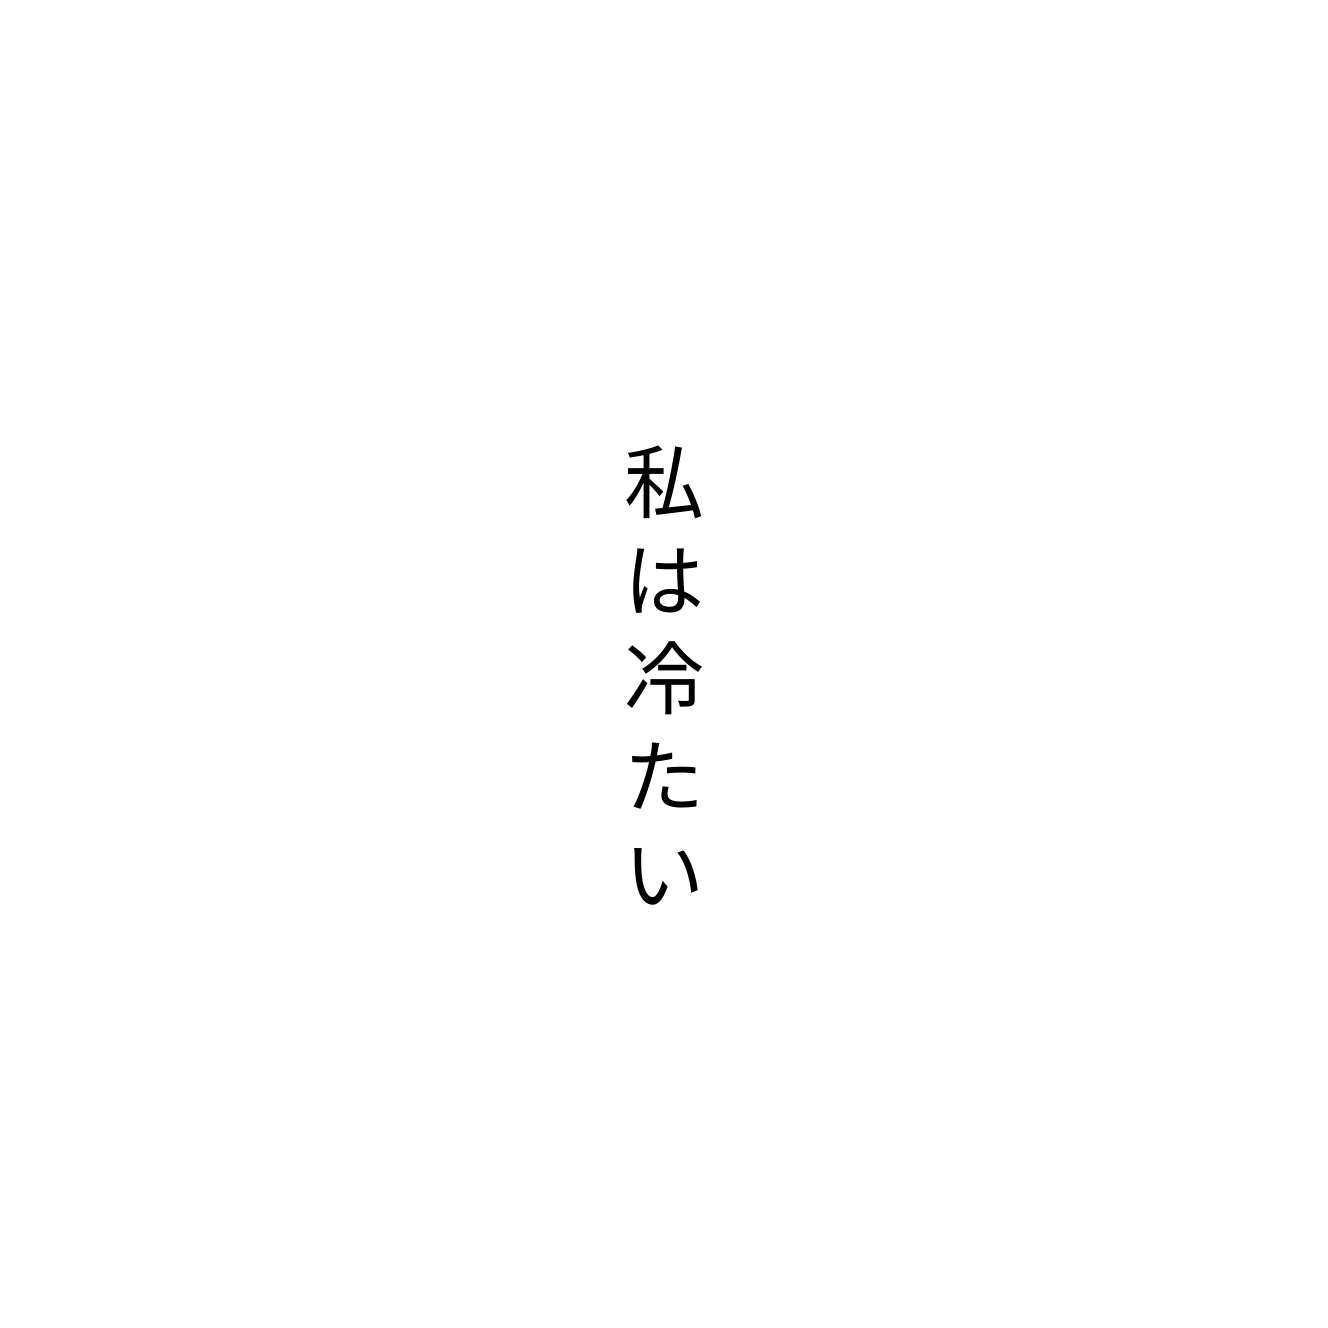
私は冷たい